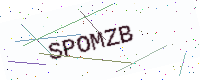
Text: SPOMZB